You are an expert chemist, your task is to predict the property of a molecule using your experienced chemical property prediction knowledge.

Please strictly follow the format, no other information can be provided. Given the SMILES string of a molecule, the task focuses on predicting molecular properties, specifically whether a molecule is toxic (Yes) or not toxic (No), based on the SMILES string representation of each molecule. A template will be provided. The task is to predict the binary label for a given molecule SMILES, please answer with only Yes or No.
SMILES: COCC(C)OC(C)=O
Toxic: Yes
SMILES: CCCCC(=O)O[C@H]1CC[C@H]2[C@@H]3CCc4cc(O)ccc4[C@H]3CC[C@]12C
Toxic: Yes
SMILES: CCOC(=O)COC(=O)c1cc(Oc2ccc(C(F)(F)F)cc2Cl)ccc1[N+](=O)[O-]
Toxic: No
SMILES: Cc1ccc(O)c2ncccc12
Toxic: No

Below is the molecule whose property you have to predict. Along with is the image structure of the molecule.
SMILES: c1cc(CCCc2ccncc2)ccn1
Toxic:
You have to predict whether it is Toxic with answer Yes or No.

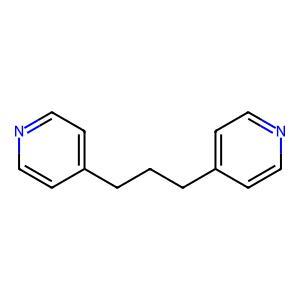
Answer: No